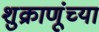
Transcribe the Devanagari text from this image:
शुक्राणूंच्या